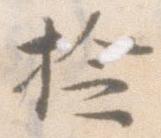
検